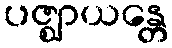
ပဇ္ဈာယန္တေ